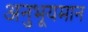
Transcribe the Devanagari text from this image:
अनुभूयमान